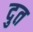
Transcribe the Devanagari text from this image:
दुत